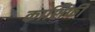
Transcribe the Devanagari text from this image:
काशिफी